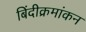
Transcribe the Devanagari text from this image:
बिंदीक्रमांकन